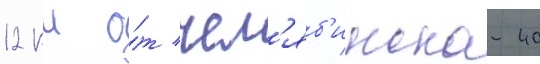
12 км о́т чел'яб'инска-40